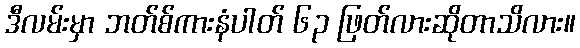
ဒီလမ်းမှာ ဘတ်စ်ကားနံပါတ် ၆၃ ဖြတ်လားဆိုတာသိလား။